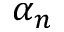
\alpha _ { n }